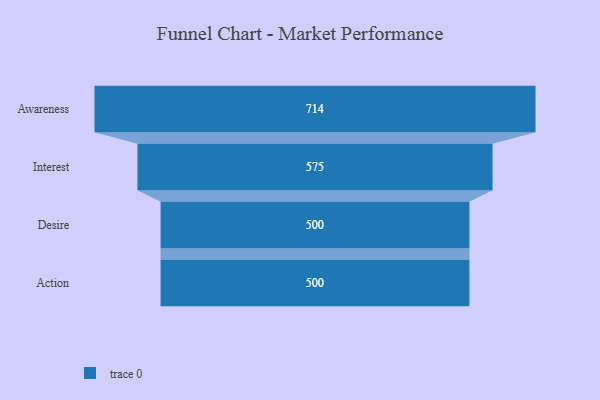
{"axis": {"x": "Stage", "y": "Value"}, "legend": [""], "data": [{"x": "Awareness", "y": 714.0, "type": ""}, {"x": "Interest", "y": 575.0, "type": ""}, {"x": "Desire", "y": 500, "type": ""}, {"x": "Action", "y": 500, "type": ""}]}